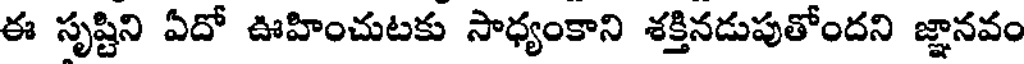
ఈ సృష్టిని ఏదో ఊహించుటకు సాధ్యంకాని శక్తినడుపుతోందని జ్ఞానవం